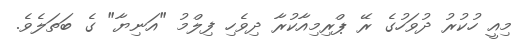
މިއީ ހުކުރު ދުވަހުގެ ރޭ ޕްރިމިއާކުރާ ދިވެހި ފިލްމު "އަނިޔާ" ގެ ބަތަލެވެ.